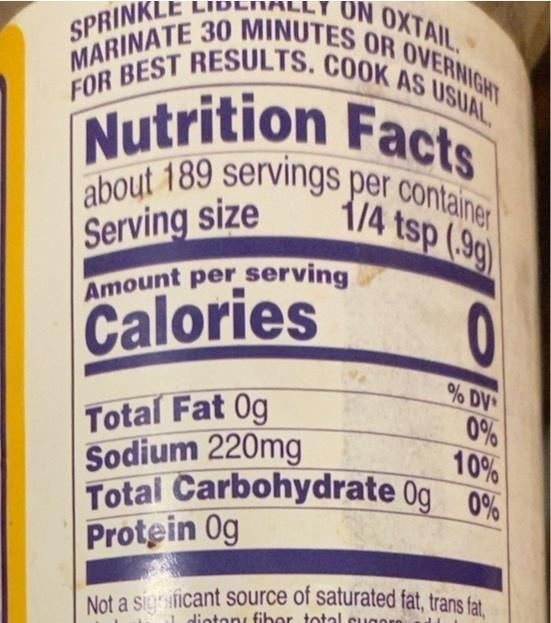
ON OXTAIL.
SPRINK
FOR BEST RESULTS. COOK AS USUAL MARINATE 30 MINUTES OR OVERNIGHT
DENA
Nutrition Facts
about 189 servings per container
1/4 tsp (99)
Serving size
Amount per serving
Calories
0
0%
Total Fat Og Sodium 220mg
10%
Total Carbohydrate 0g 0%
Protein Og
% DV
Not a significant source of saturated fat, trans fat,
dieton fiber total sugoro